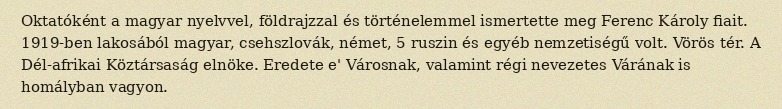
Oktatóként a magyar nyelvvel, földrajzzal és történelemmel ismertette meg Ferenc Károly fiait. 1919-ben lakosából magyar, csehszlovák, német, 5 ruszin és egyéb nemzetiségű volt. Vörös tér. A Dél-afrikai Köztársaság elnöke. Eredete e' Városnak, valamint régi nevezetes Várának is homályban vagyon.